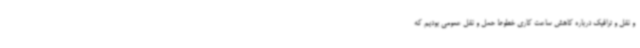
و نقل و ترافیک درباره کاهش ساعت کاری خطوط حمل و نقل عمومی بودیم که